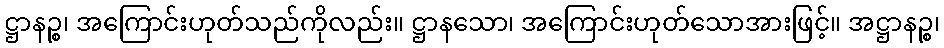
ဋ္ဌာနဉ္စ၊ အကြောင်းဟုတ်သည်ကိုလည်း။ ဋ္ဌာနသော၊ အကြောင်းဟုတ်သောအားဖြင့်။ အဋ္ဌာနဉ္စ၊